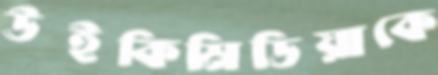
উইকিমিডিয়াকে